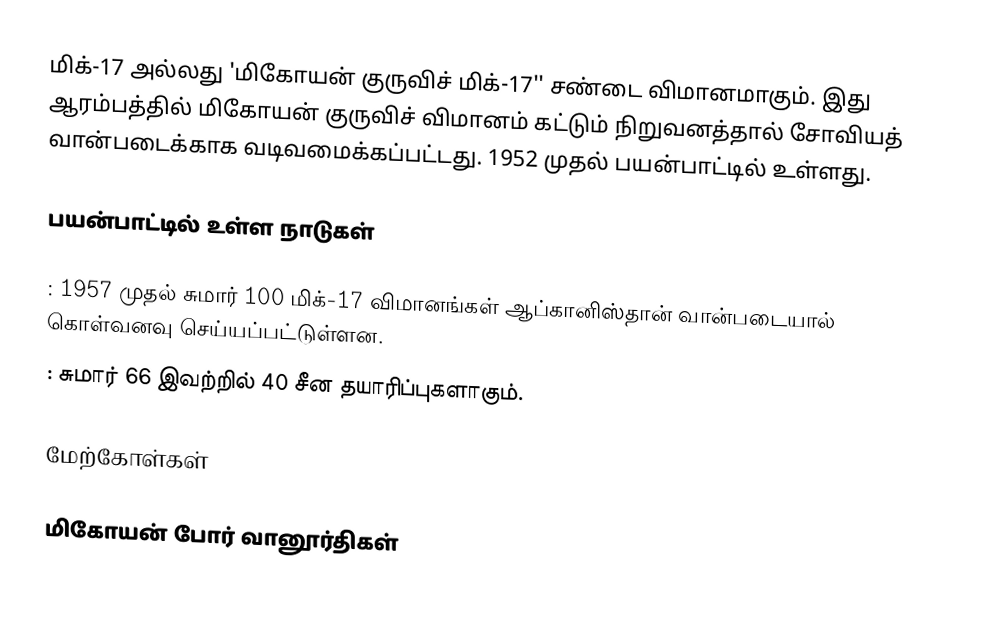
மிக்-17 அல்லது 'மிகோயன் குருவிச் மிக்-17'' சண்டை விமானமாகும். இது ஆரம்பத்தில் மிகோயன் குருவிச் விமானம் கட்டும் நிறுவனத்தால் சோவியத் வான்படைக்காக வடிவமைக்கப்பட்டது. 1952 முதல் பயன்பாட்டில் உள்ளது.

பயன்பாட்டில் உள்ள நாடுகள்

 : 1957 முதல் சுமார் 100 மிக்-17 விமானங்கள் ஆப்கானிஸ்தான் வான்படையால் கொள்வனவு செய்யப்பட்டுள்ளன.
 : சுமார் 66 இவற்றில் 40 சீன தயாரிப்புகளாகும்.

மேற்கோள்கள்

மிகோயன் போர் வானூர்திகள்